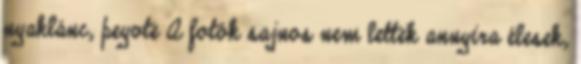
nyaklánc, peyote A fotók sajnos nem lettek annyira élesek,